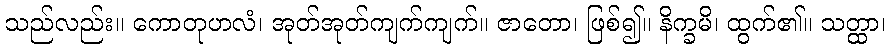
သည်လည်း။ ကောတုဟလံ၊ အုတ်အုတ်ကျက်ကျက်။ ဇာတော၊ ဖြစ်၍။ နိက္ခမိ၊ ထွက်၏။ သတ္ထာ၊